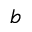
b